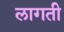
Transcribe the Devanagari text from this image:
लागती